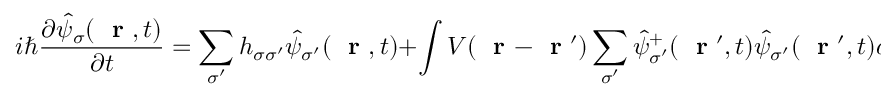
i \hbar \frac { \partial \hat { \psi } _ { \sigma } ( \mathrm { ~ \bf ~ r ~ } , t ) } { \partial t } = \sum _ { \sigma ^ { \prime } } h _ { \sigma \sigma ^ { \prime } } \hat { \psi } _ { \sigma ^ { \prime } } ( \mathrm { ~ \bf ~ r ~ } , t ) + \int V ( \mathrm { ~ \bf ~ r ~ } - \mathrm { ~ \bf ~ r ~ } ^ { \prime } ) \sum _ { \sigma ^ { \prime } } \hat { \psi } _ { \sigma ^ { \prime } } ^ { + } ( \mathrm { ~ \bf ~ r ~ } ^ { \prime } , t ) \hat { \psi } _ { \sigma ^ { \prime } } ( \mathrm { ~ \bf ~ r ~ } ^ { \prime } , t ) d ^ { 3 } r ^ { \prime } \, \hat { \psi } _ { \sigma } ( \mathrm { ~ \bf ~ r ~ } , t )